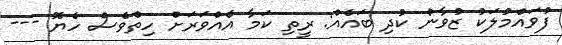
ފުވައްމުލަކު ޒުވާން ކުދި ބައެއް: ރީތި ކަމާ އެއްވަރަށް ހިތްވެސް ހެޔޮ ---